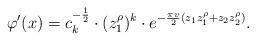
LaTeX: \begin{align*} \varphi'(x) = c_k^{-\frac{1}{2}} \cdot (z_1^\rho)^k \cdot e^{- \frac{\pi v}{2} (z_1 z_1^\rho + z_2 z_2^\rho)}.\end{align*}